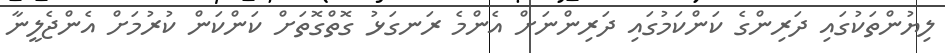
ލިޔުންތަކުގައި ދަރިންގެ ކަންކަމުގައި ދަރިންނަށް އެންމެ ރަނގަޅު ގޮތްގޮތަށް ކަންކަން ކުރުމަށް އެންޖެލީނާ